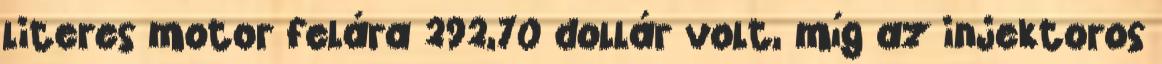
literes motor felára 292,70 dollár volt, míg az injektoros